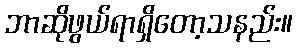
ဘာဆိုဖွယ်ရာရှိတော့သနည်း။